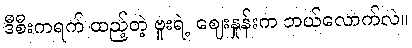
ဒီစီးကရက် ထည့်တဲ့ ဗူးရဲ့ ဈေးနှုန်းက ဘယ်လောက်လဲ။